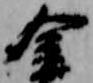
金